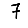
Digit: 7